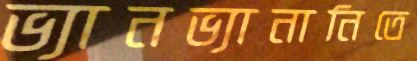
ভ্যানভ্যানানিতে